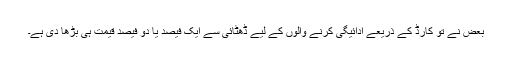
بعض نے تو کارڈ کے ذریعے ادائیگی کرنے والوں کے لیے ڈھٹائی سے ایک فیصد یا دو فیصد قیمت ہی بڑھا دی ہے۔